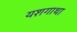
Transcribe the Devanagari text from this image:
यशगाथा